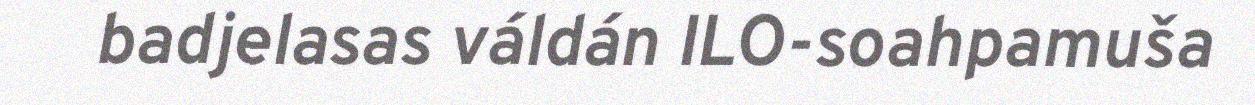
badjelasas váldán ILO-soahpamuša